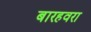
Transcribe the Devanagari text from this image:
बारहवरा